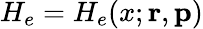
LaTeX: H_{e}=H_{e}(x;{\mathbf{r}},{\mathbf{p}})